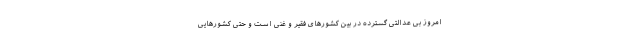
امروز بی عدالتی گسترده در بین کشور‌های فقیر و غنی است و حتی کشور‌هایی